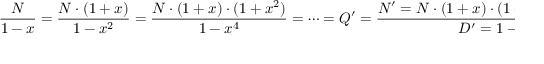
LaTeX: { \frac { N } { 1 - x } } = { \frac { N \cdot ( 1 + x ) } { 1 - x ^ { 2 } } } = { \frac { N \cdot ( 1 + x ) \cdot ( 1 + x ^ { 2 } ) } { 1 - x ^ { 4 } } } = \cdots = Q ^ { \prime } = { \frac { N ^ { \prime } = N \cdot ( 1 + x ) \cdot ( 1 + x ^ { 2 } ) \cdot \cdot \cdot ( 1 + x ^ { 2 ^ { ( n - 1 ) } } ) } { D ^ { \prime } = 1 - x ^ { 2 ^ { n } } \approx 1 } }